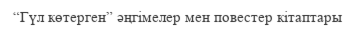
“Гүл көтерген” әңгімелер мен повестер кітаптары